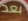
بعد